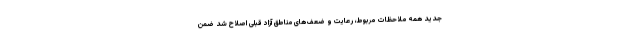
جدید همه ملاحظات مربوط، رعایت و ضعف‌های مناطق آزاد قبلی اصلاح شد ضمن